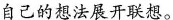
自己的想法展开联想。